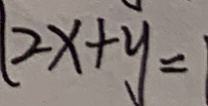
( 2 x + y =